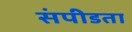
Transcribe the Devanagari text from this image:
संपीडता